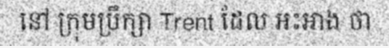
នៅ ក្រុមប្រឹក្សា Trent ដែល អះអាង ថា